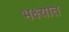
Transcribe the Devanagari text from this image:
भक्ष्यात